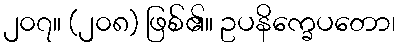
၂၀၇။ (၂၀၈) ဖြစ်၏။ ဥပနိက္ခေပတော၊